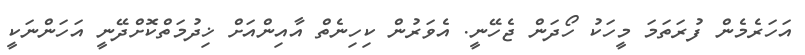
އަހަރެމެން ފުރަތަމަ މީހަކު ހޯދަން ޖެހޭނީ. އެވަރުން ކިހިނެތް އާއިންއަށް ޚިދުމަތްކޮށްދޭނީ އަހަންނަކީ